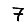
Digit: 7